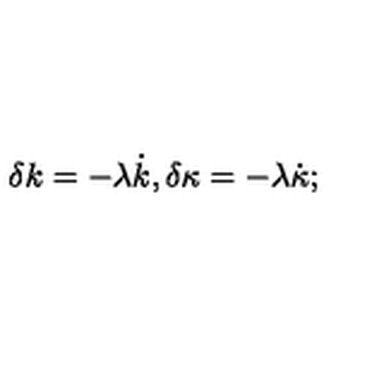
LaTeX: \delta k = - \lambda \dot { k } , \delta \kappa = - \lambda \dot { \kappa } ;